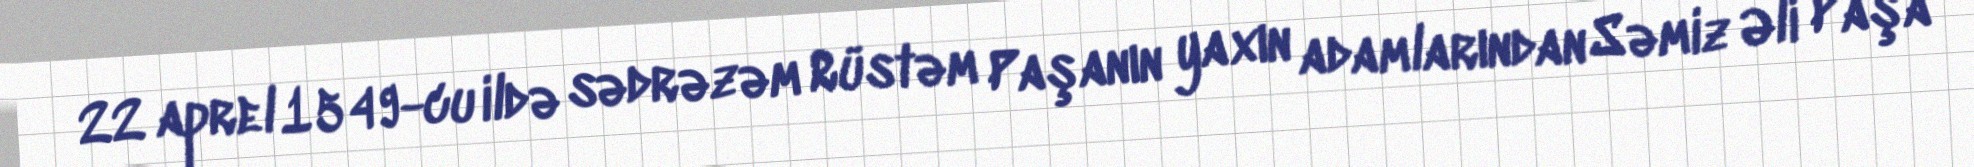
22 aprel 1549-cu ildə sədrəzəm Rüstəm Paşanın yaxın adamlarından Səmiz Əli Paşa